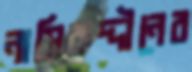
নাসিরুদ্দীনের